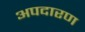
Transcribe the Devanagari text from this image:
अपदारण